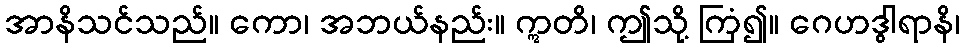
အာနိသင်သည်။ ကော၊ အဘယ်နည်း။ ဣတိ၊ ဤသို့ ကြံ၍။ ဂေဟဒွါရာနိ၊